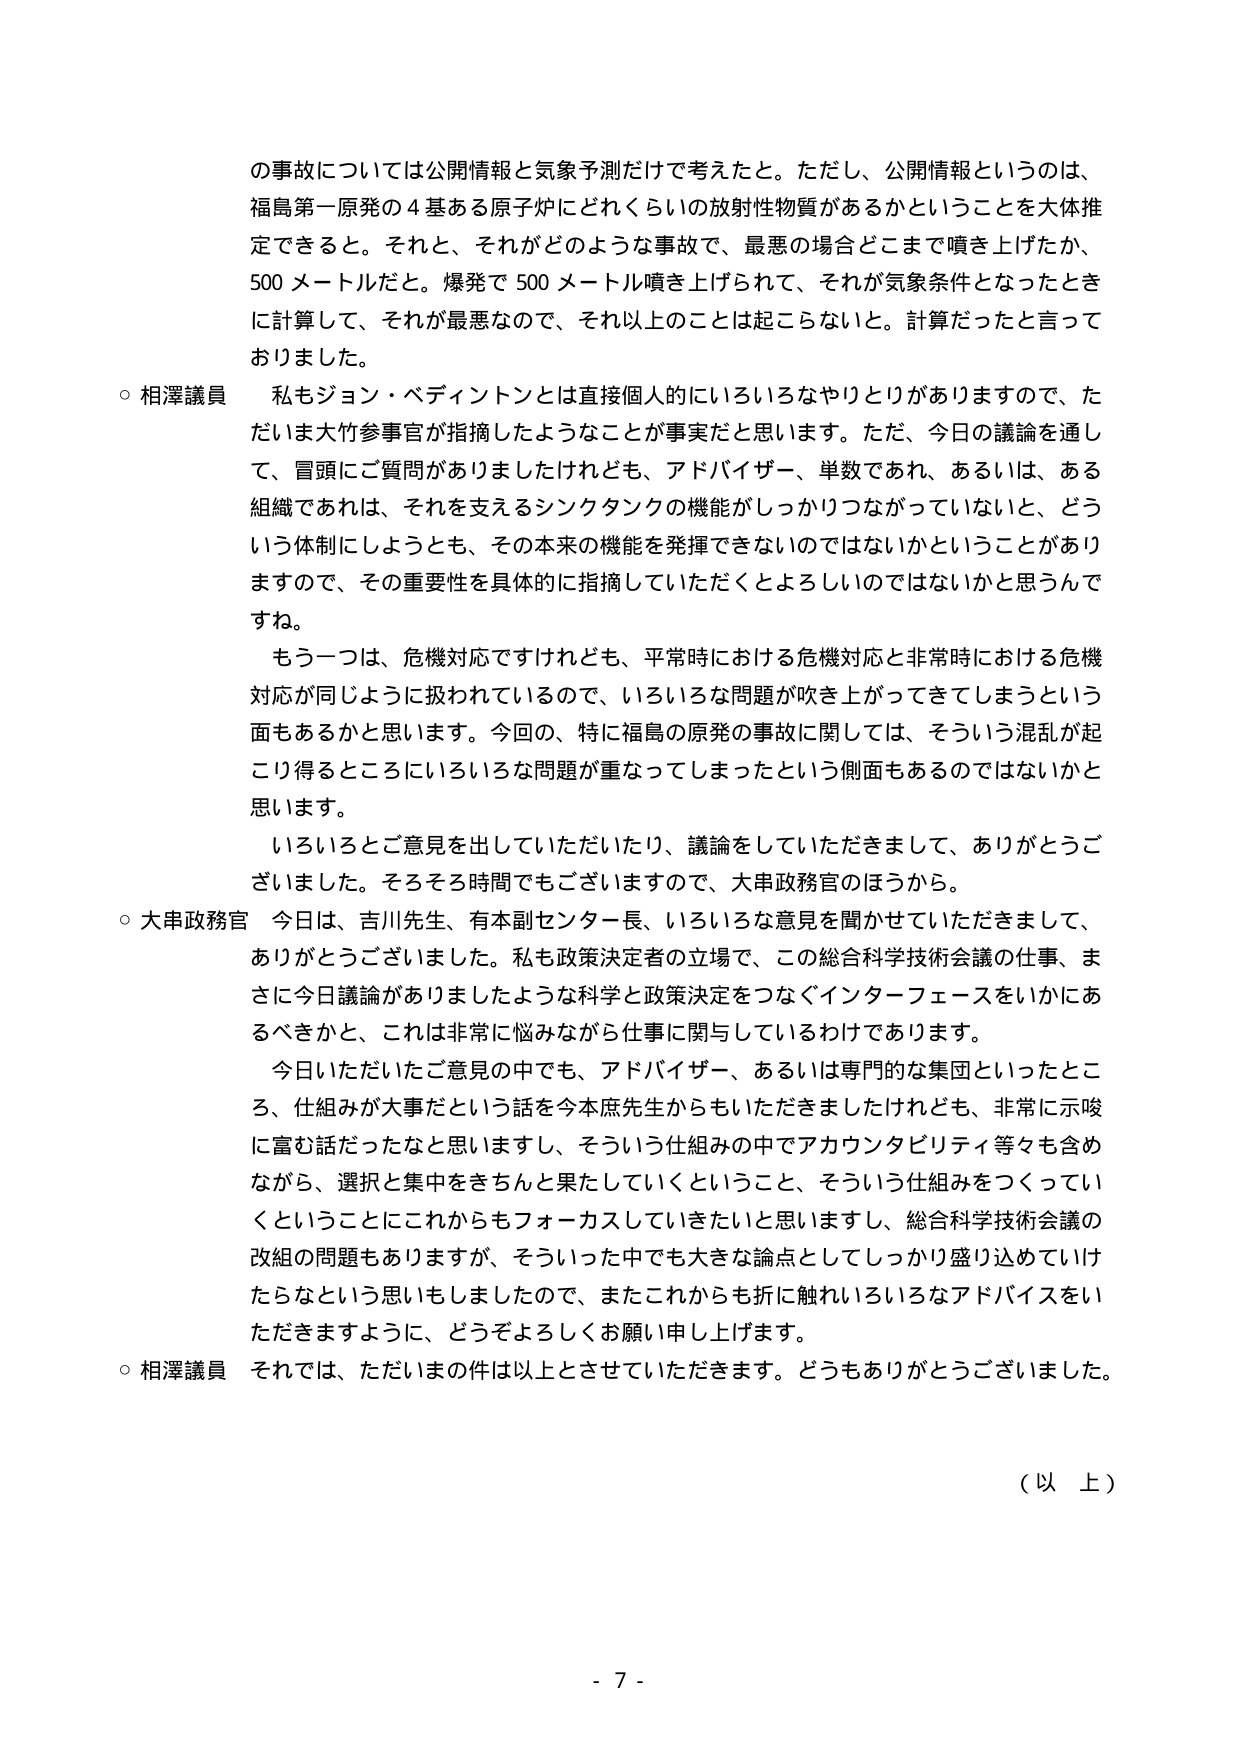
の事故については公開情報と気象予測だけで考えたと。ただし、公開情報というのは、
福島第一原発の４基ある原子炉にどれくらいの放射性物質があるかということを大体推
定できると。それと、それがどのような事故で、最悪の場合どこまで噴き上げたか、
500メートルだと。爆発で500メートル噴き上げられて、それが気象条件となったとき
に計算して、それが最悪なので、それ以上ることは起こらないと。計算だったと言って
おりました。
○ 相澤議員 私もジョン・ベディントンとは直接個人的にいろいろなやりとりがありますので、た
だいま大竹参事官が指摘したようなことが事実だと思います。ただ、今日の議論を通し
て、冒頭にご質問がありましたけれども、アドバイザー、単数であれ、あるいは、ある
組織であれは、それを支えるシンクタンクの機能がしっかりつながっていないと、どう
いう体制にしようとも、その本来の機能を発揮できないのではないかということがあり
ますので、その重要性を具体的に指摘していただくとよろしいのではないかと思うんで
すね。
もう一つは、危機対応ですけれども、平常時における危機対応と非常時における危機
対応が同じように扱われているので、いろいろな問題が吹き上がってしまうという
面もあるかと思います。今回の、特に福島の原発の事故に関しては、そういう混乱が起
こり得るところにいろいろな問題が重なってしまったという側面もあるのではないかと
思います。
いろいろとご意見を出していただいたり、議論をしていただきまして、ありがとうござ
いました。そろそろ時間でもございますので、大串政務官のほうから。
○ 大串政務官 今日は、吉川先生、有本副センター長、いろいろな意見を聞かせていただきまして、
ありがとうございました。私も政策決定者の立場で、この総合科学技術会議の仕事、ま
さに今日議論がありましたような科学と政策決定をつなぐインターフェースをいかにあ
るべきかと、これは非常に悩みながら仕事に関与しているわけであります。
今日いただいたご意見の中でも、アドバイザー、あるいは専門的な集団といったとこ
ろ、仕組みが大事だという話を今本庶先生からもいただきましたけれども、非常に示唆
に富む話だったなと思いますし、そういう仕組みの中でアカウンタビリティ等々も含め
ながら、選択と集中をきちんと果たしていくということ、そういう仕組みをつくってい
くということにこれからもフォーカスしていきたいと思いますし、総合科学技術会議の
改組の問題もありますが、そういった中でも大きな論点としてしっかり盛り込んでいけ
たらなという思いもしましたので、またこれからも折に触れるいろいろなアドバイスをい
ただきますように、どうぞよろしくお願い申し上げます。
○ 相澤議員 それでは、ただいまの件は以上とさせていただきます。どうもありがとうございました。
（以 上）
- 7 -